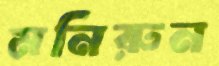
মনিরুন